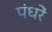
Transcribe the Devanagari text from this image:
पंधरें